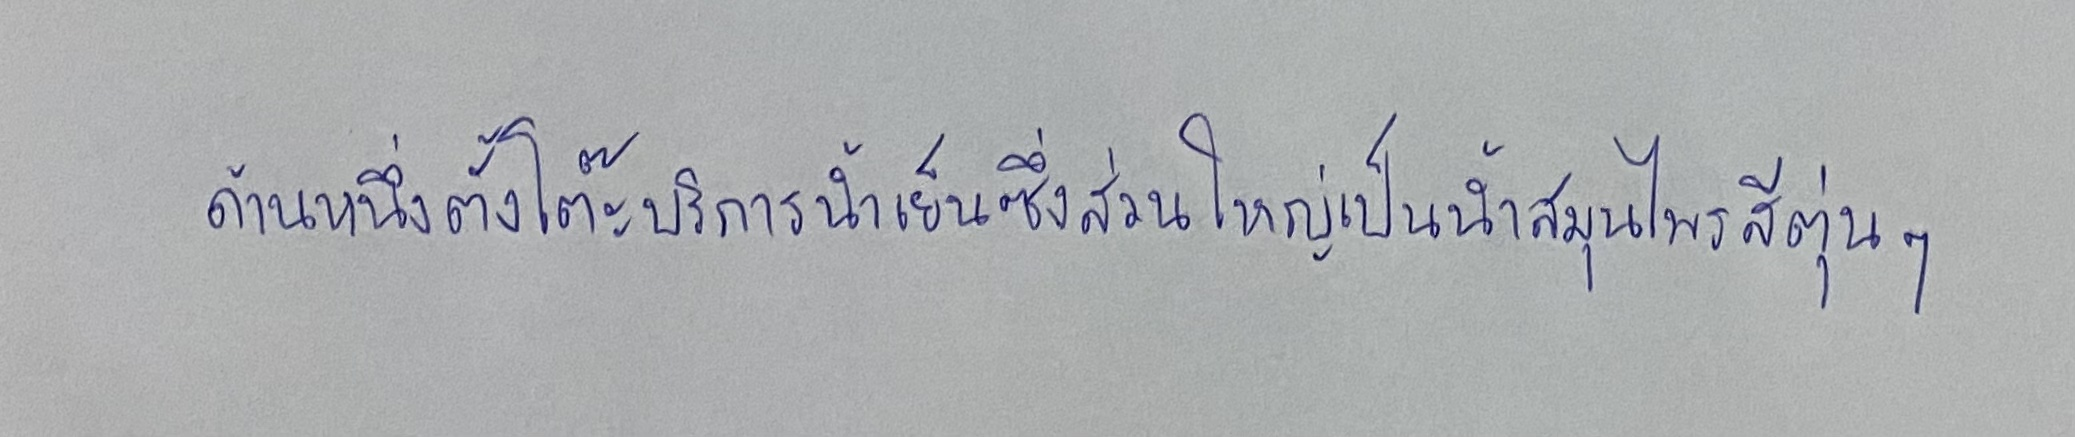
ด้านหนึ่งตั้งโต๊ะบริการน้ำเย็นซึ่งส่วนใหญ่เป็นน้ำสมุนไพรสีตุ่นๆ